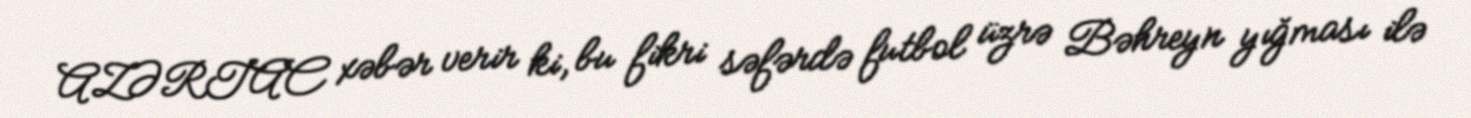
AZƏRTAC xəbər verir ki, bu fikri səfərdə futbol üzrə Bəhreyn yığması ilə